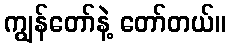
ကျွန်တော်နဲ့ တော်တယ်။